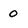
Character: O